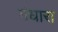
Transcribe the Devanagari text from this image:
गंधारा